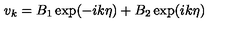
v _ { k } = B _ { 1 } \exp ( - i k \eta ) + B _ { 2 } \exp ( i k \eta )